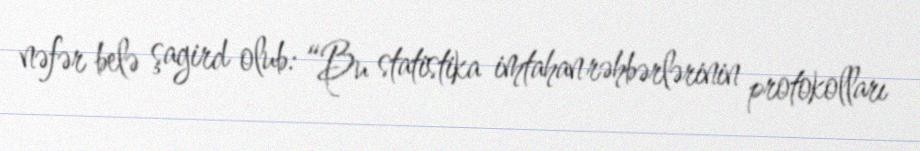
nəfər belə şagird olub: “Bu statistika imtahan rəhbərlərinin protokolları